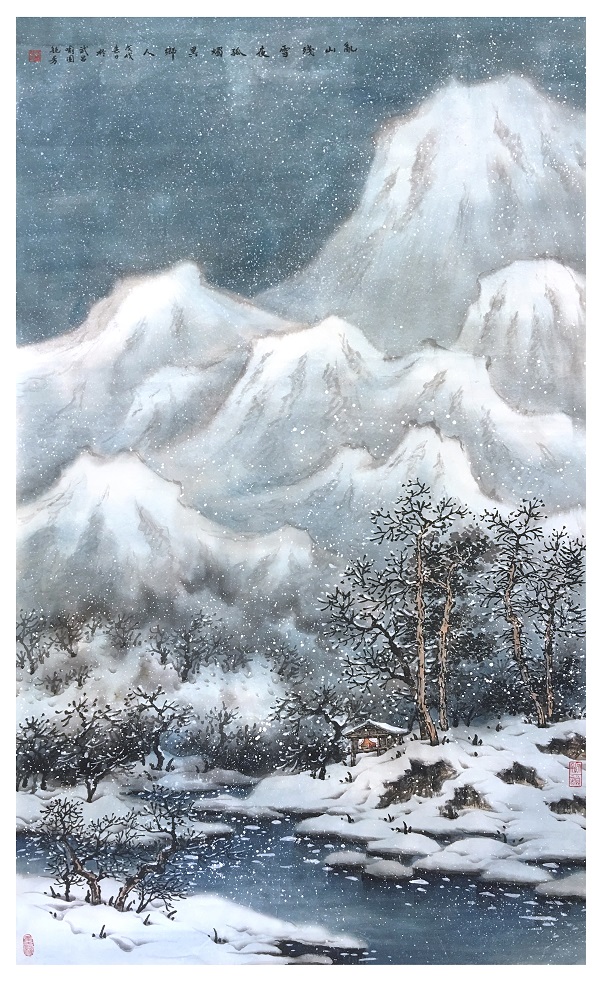
乱山残雪夜，孤烛异乡人。